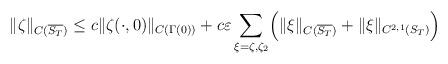
LaTeX: \begin{align*} \|\zeta\|_{C(\overline{S_T})} \leq c\|\zeta(\cdot,0)\|_{C(\Gamma(0))}+c\varepsilon\sum_{\xi=\zeta,\zeta_2}\Bigl(\|\xi\|_{C(\overline{S_T})}+\|\xi\|_{C^{2,1}(S_T)}\Bigr) \end{align*}